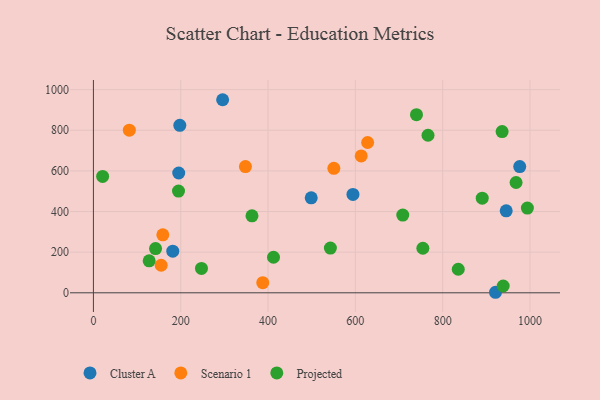
{"axis": {"x": "Engine Size", "y": "Exam Score"}, "legend": ["Cluster A", "Projected", "Scenario 1"], "data": [{"x": "945.5", "y": 403.5, "type": "Cluster A"}, {"x": "498.9", "y": 467.4, "type": "Cluster A"}, {"x": "976.5", "y": 621.3, "type": "Cluster A"}, {"x": "195.4", "y": 589.8, "type": "Cluster A"}, {"x": "594.5", "y": 484.2, "type": "Cluster A"}, {"x": "921.0", "y": 2.6, "type": "Cluster A"}, {"x": "197.9", "y": 824.6, "type": "Cluster A"}, {"x": "296.0", "y": 950.4, "type": "Cluster A"}, {"x": "181.8", "y": 204.7, "type": "Cluster A"}, {"x": "613.4", "y": 674.0, "type": "Scenario 1"}, {"x": "348.2", "y": 621.2, "type": "Scenario 1"}, {"x": "155.2", "y": 135.6, "type": "Scenario 1"}, {"x": "387.9", "y": 49.8, "type": "Scenario 1"}, {"x": "628.1", "y": 739.9, "type": "Scenario 1"}, {"x": "82.3", "y": 800.3, "type": "Scenario 1"}, {"x": "159.0", "y": 285.4, "type": "Scenario 1"}, {"x": "550.7", "y": 612.8, "type": "Scenario 1"}, {"x": "412.5", "y": 175.0, "type": "Projected"}, {"x": "754.6", "y": 219.2, "type": "Projected"}, {"x": "247.5", "y": 120.0, "type": "Projected"}, {"x": "890.6", "y": 465.6, "type": "Projected"}, {"x": "363.2", "y": 378.8, "type": "Projected"}, {"x": "994.0", "y": 417.2, "type": "Projected"}, {"x": "936.1", "y": 793.6, "type": "Projected"}, {"x": "127.7", "y": 157.2, "type": "Projected"}, {"x": "542.8", "y": 220.0, "type": "Projected"}, {"x": "194.9", "y": 500.9, "type": "Projected"}, {"x": "740.0", "y": 876.6, "type": "Projected"}, {"x": "938.6", "y": 33.6, "type": "Projected"}, {"x": "708.6", "y": 382.7, "type": "Projected"}, {"x": "968.1", "y": 543.0, "type": "Projected"}, {"x": "835.7", "y": 115.9, "type": "Projected"}, {"x": "766.4", "y": 775.5, "type": "Projected"}, {"x": "21.1", "y": 573.0, "type": "Projected"}, {"x": "142.3", "y": 217.8, "type": "Projected"}]}